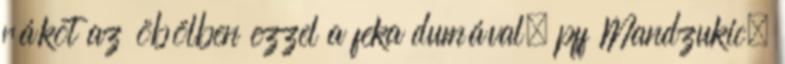
rákot az öbölben ezzel a feka dumával, pff Mandzukic,